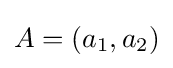
A=(a_{1},a_{2})